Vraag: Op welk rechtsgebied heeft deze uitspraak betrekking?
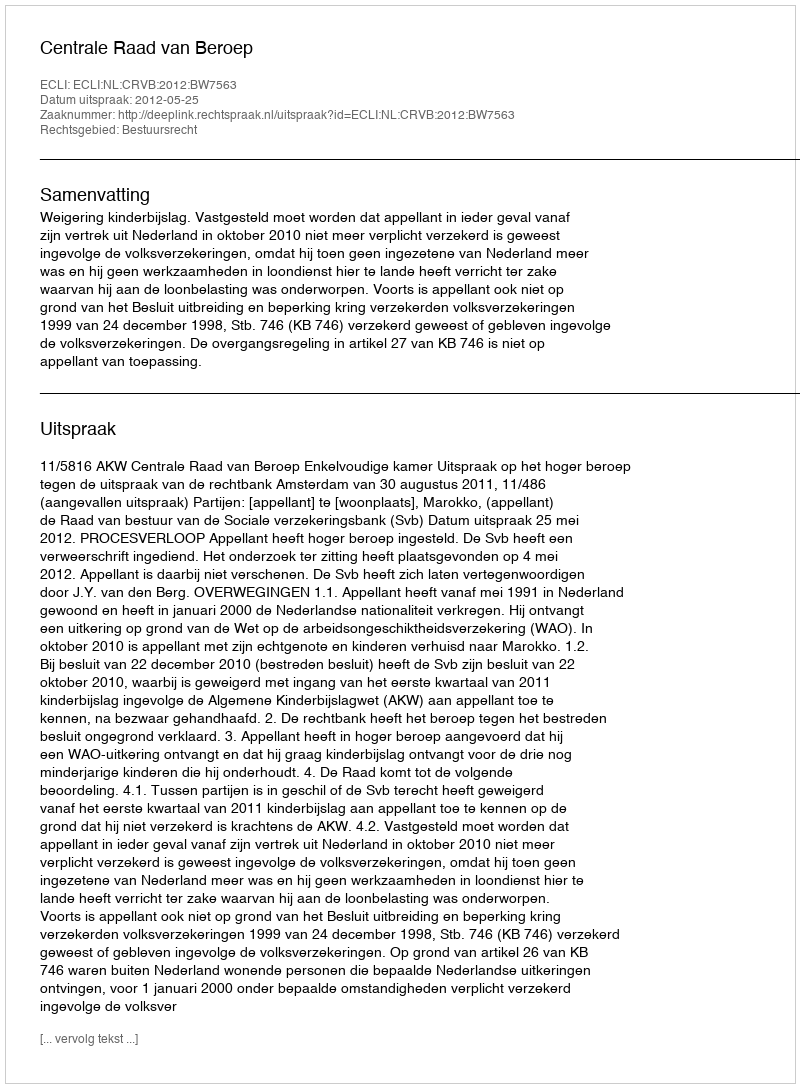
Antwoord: Bestuursrecht